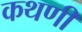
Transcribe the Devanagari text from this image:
कथणी